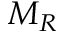
M _ { R }